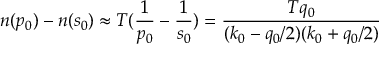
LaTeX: n ( p _ { 0 } ) - n ( s _ { 0 } ) \approx T ( { \frac { 1 } { p _ { 0 } } } - { \frac { 1 } { s _ { 0 } } } ) = { \frac { T q _ { 0 } } { ( k _ { 0 } - q _ { 0 } / 2 ) ( k _ { 0 } + q _ { 0 } / 2 ) } }